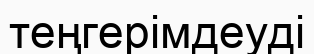
теңгерімдеуді